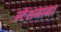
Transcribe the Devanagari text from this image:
स्टेशनाना